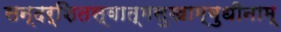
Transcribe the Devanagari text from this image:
सन्दर्शितस्वात्मसुखाम्बुधीनाम्